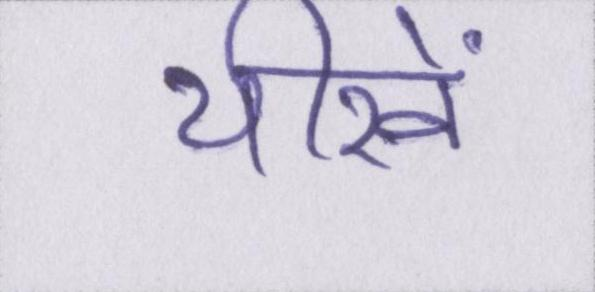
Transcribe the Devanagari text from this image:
चीखें